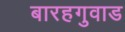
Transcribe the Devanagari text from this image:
बारहगुवाड